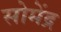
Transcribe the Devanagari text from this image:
सोमेंद्र